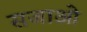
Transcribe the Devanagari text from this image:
सजाओ